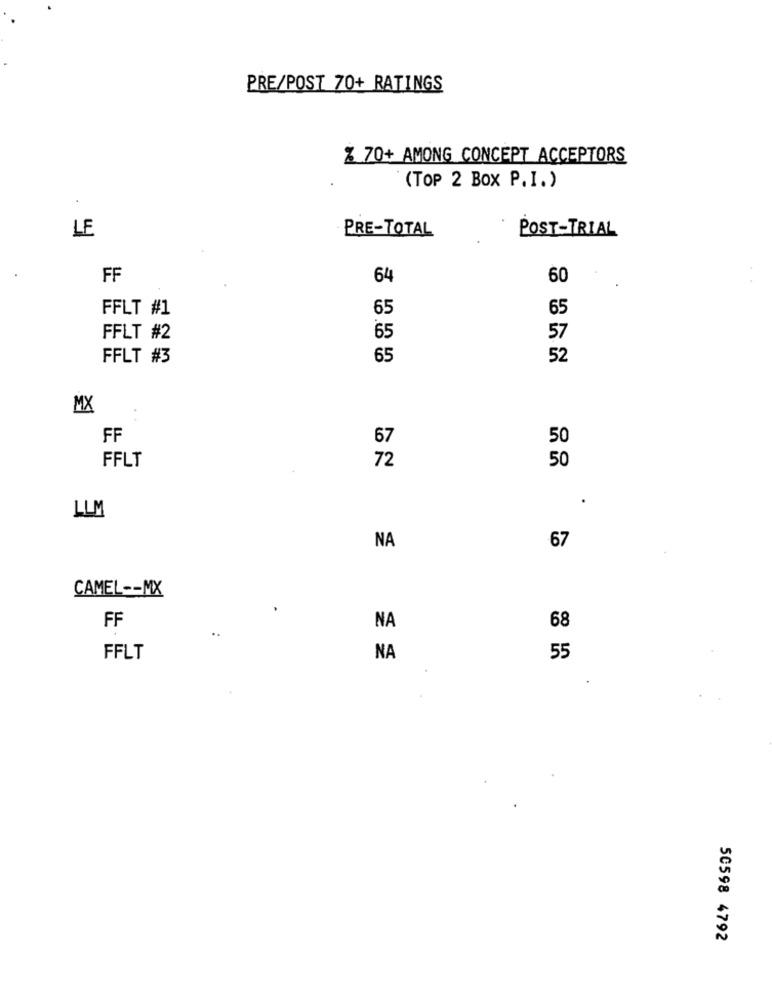
PRE/POST 70+ RATINGS
Z 70+ AMONG CONCEPT ACCEPTORS
(TOP 2 BOX P.I.)
LE
PRE-TOTAL
POST-TRIAL
FF
64
60
FFLT #1
65
65
65
FFLT #2
57
FFLT #3
65
52
MX
FF
67
50
FFLT
72
50
LLM
67
NA
CAMEL -- MX
68
FF
NA
FFLT
NA
55
50598 4792